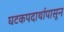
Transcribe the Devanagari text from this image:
घटकपदार्थापासून